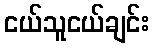
ငယ်သူငယ်ချင်း